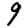
Digit: 9